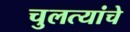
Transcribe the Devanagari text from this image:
चुलत्यांचे